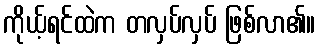
ကိုယ့်ရင်ထဲက တလှပ်လှပ် ဖြစ်လာ၏။